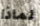
لماذا